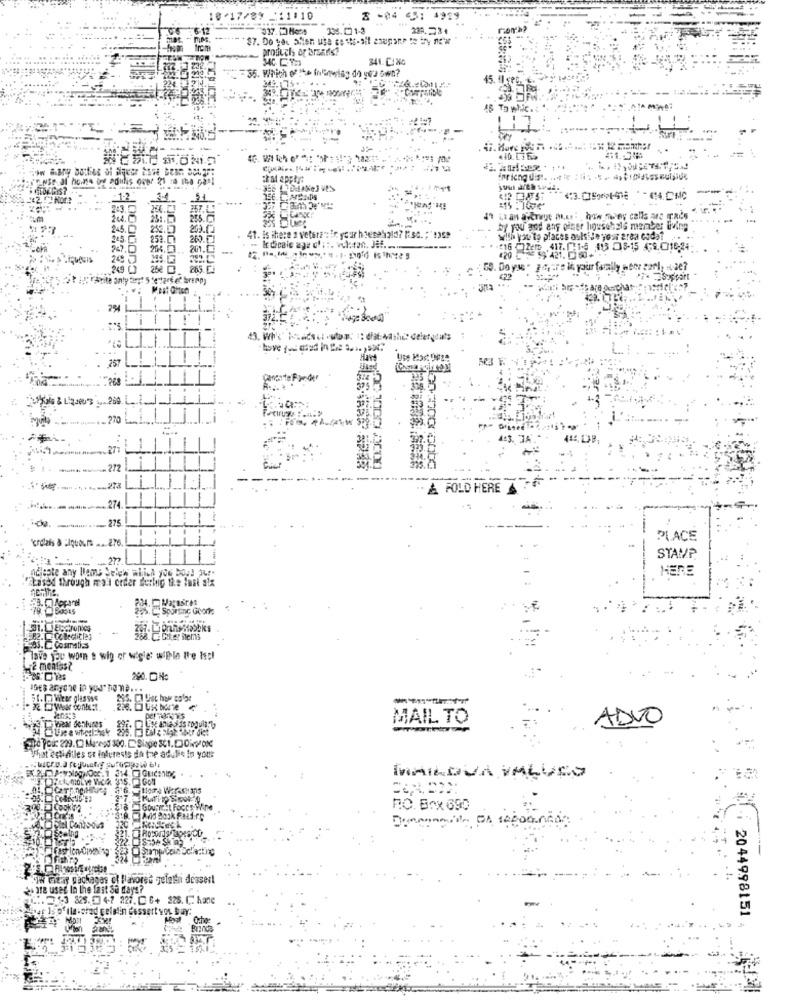
10.17/89 _11:10
2 -04 45: 1929
-------
"L profuchs or arsafs?
341. CING
= == 35. which one inaring do you can?
IS T
Ta whic .
M'ADi
pricng dist.
.- 12
-
44 La an average mes: , how many calls are macs
25.0
25
20.00
hy yof god any offer househals member living
259.07 260.
41. is there a veterans in your hoese4old? lisa. ; 1359
with you to places oulile your area codat
204 ... 201.
249
200
59. Do yse . g.4, ure in your farally weer sarl, de?
Parite anty first 5 "e"target brErp)
<22
257
Use kast Ouse
375
.270
............===- 271
.. 272
A FOLD HERE
. 274.
-D. -.......... 275.
- 275.
PLACE
STAMP
ndiepte any llame Selen which you boy! Jur.
HERE
Lased through mail order derhip the last six
203.E Cosmetics
Have you wom e wig or wigle: wilhle the Iscl
200.ON:
MAIL TO
ADVO
Los anias as rogula."lo
PIC POU 229.0 Macegs 300. Siage 31.COMPOK
That estifiles or interests da the adult in your
MAILDUA VALUEO
$18
GourVil Foccs-Wine
RO. Box 690
Siw Fitar gachages ci Wavores gelatin dessert
2% are used In the fast Se days?
C.3.3 325.0 47 227. C 6+ 325. C. kane
dear Isof flavored celalin dessert von bary:
Che
-i 2044998151
.....